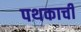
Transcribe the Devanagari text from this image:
पथकाची